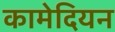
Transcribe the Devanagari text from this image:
कामेदियन